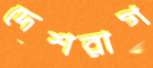
দেশরাগ